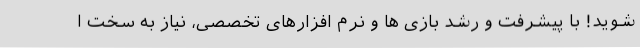
شوید! با پیشرفت و رشد بازی ها و نرم افزارهای تخصصی، نیاز به سخت ا